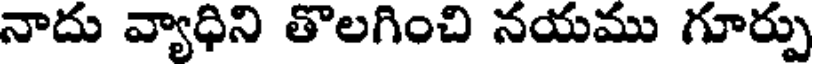
నాదు వ్యాధిని తొలగించి నయము గూర్పు